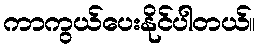
ကာကွယ်ပေးနိုင်ပါတယ်။